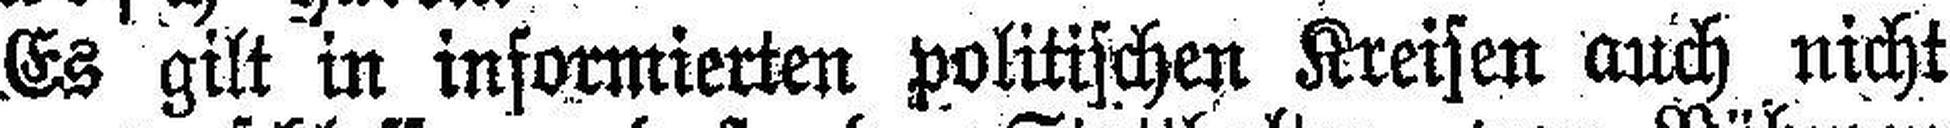
Es gilt in informierten politischen Kreisen auch nicht